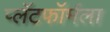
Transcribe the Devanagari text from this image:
प्लॅटफॉर्मला